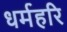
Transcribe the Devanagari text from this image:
धर्महरि